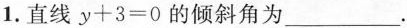
1.直线$$y + 3 = 0$$的倾斜角为___.